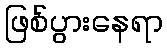
ဖြစ်ပွားနေရာ